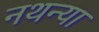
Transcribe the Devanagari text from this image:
नथन्या